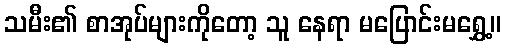
သမီး၏ စာအုပ်များကိုတော့ သူ နေရာ မပြောင်းမရွှေ့။